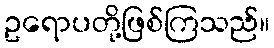
ဥရောပတို့ဖြစ်ကြသည်။